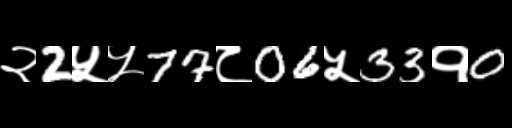
Text: २2५५77८06५33१0